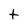
Character: t